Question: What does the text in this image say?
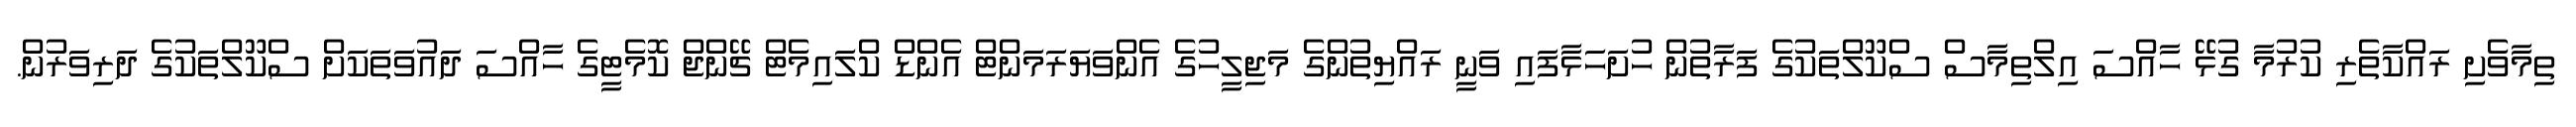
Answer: ތިމާވެށި ރައްކާތެރި ކުރުމާ ގުޅޭ ހާއްސަ އިލްތިމާސް ސްކޫލްތަކުގެ ފަރާތުން ހުށަހަޅާފައި ވަނީ ރައްޔިތުންގެ މަޖިލީހުގެ އެންވަޔަރަމަންޓް އެންޑް ކްލައިމެޓް ޗޭންޖް ކޮމެޓީގެ ހާއްސަ ދައުވަތަކަށް ސްކޫލްތަކުގެ ދަރިވަރުން.